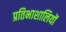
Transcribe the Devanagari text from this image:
प्रतिभाशालियों